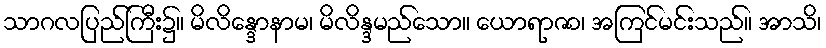
သာဂလပြည်ကြီး၌။ မိလိန္ဒောနာမ၊ မိလိန္ဒမည်သော။ ယောရာဇာ၊ အကြင်မင်းသည်။ အာသိ၊